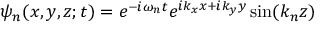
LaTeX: \psi _ { n } ( x , y , z ; t ) = e ^ { - i \omega _ { n } t } e ^ { i k _ { x } x + i k _ { y } y } \sin ( k _ { n } z )